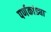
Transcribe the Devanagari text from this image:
पर्णकांड्या